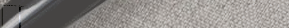
بيع وشراء أدوات المطبخ ال